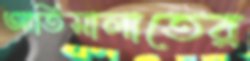
আতিসালাতের